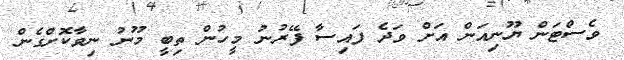
ވެސްޓަން ޔޫނިއަން އަށް ވަދެ ފައިސާ ފޭރުނު މީހުން ތިބީ މޫނު ނިވާކޮށްގެން